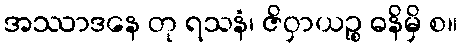
အဿာဒနေ တု ရသနံ၊ ဇိဝှာယဉ္စ ဓနိမှိ စ။